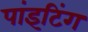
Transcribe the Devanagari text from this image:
पांइटिंग